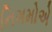
નિગમોએ